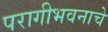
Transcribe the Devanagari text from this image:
परागीभवनाचे